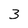
Character: 3